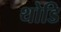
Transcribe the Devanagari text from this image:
थोडि